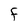
Character: F